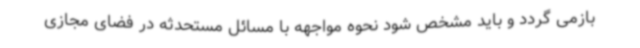
بازمی گردد و باید مشخص شود نحوه مواجهه با مسائل مستحدثه در فضای مجازی